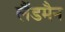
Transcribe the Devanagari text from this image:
लैंडमैन